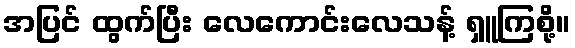
အပြင် ထွက်ပြီး လေကောင်းလေသန့် ရှူကြစို့။